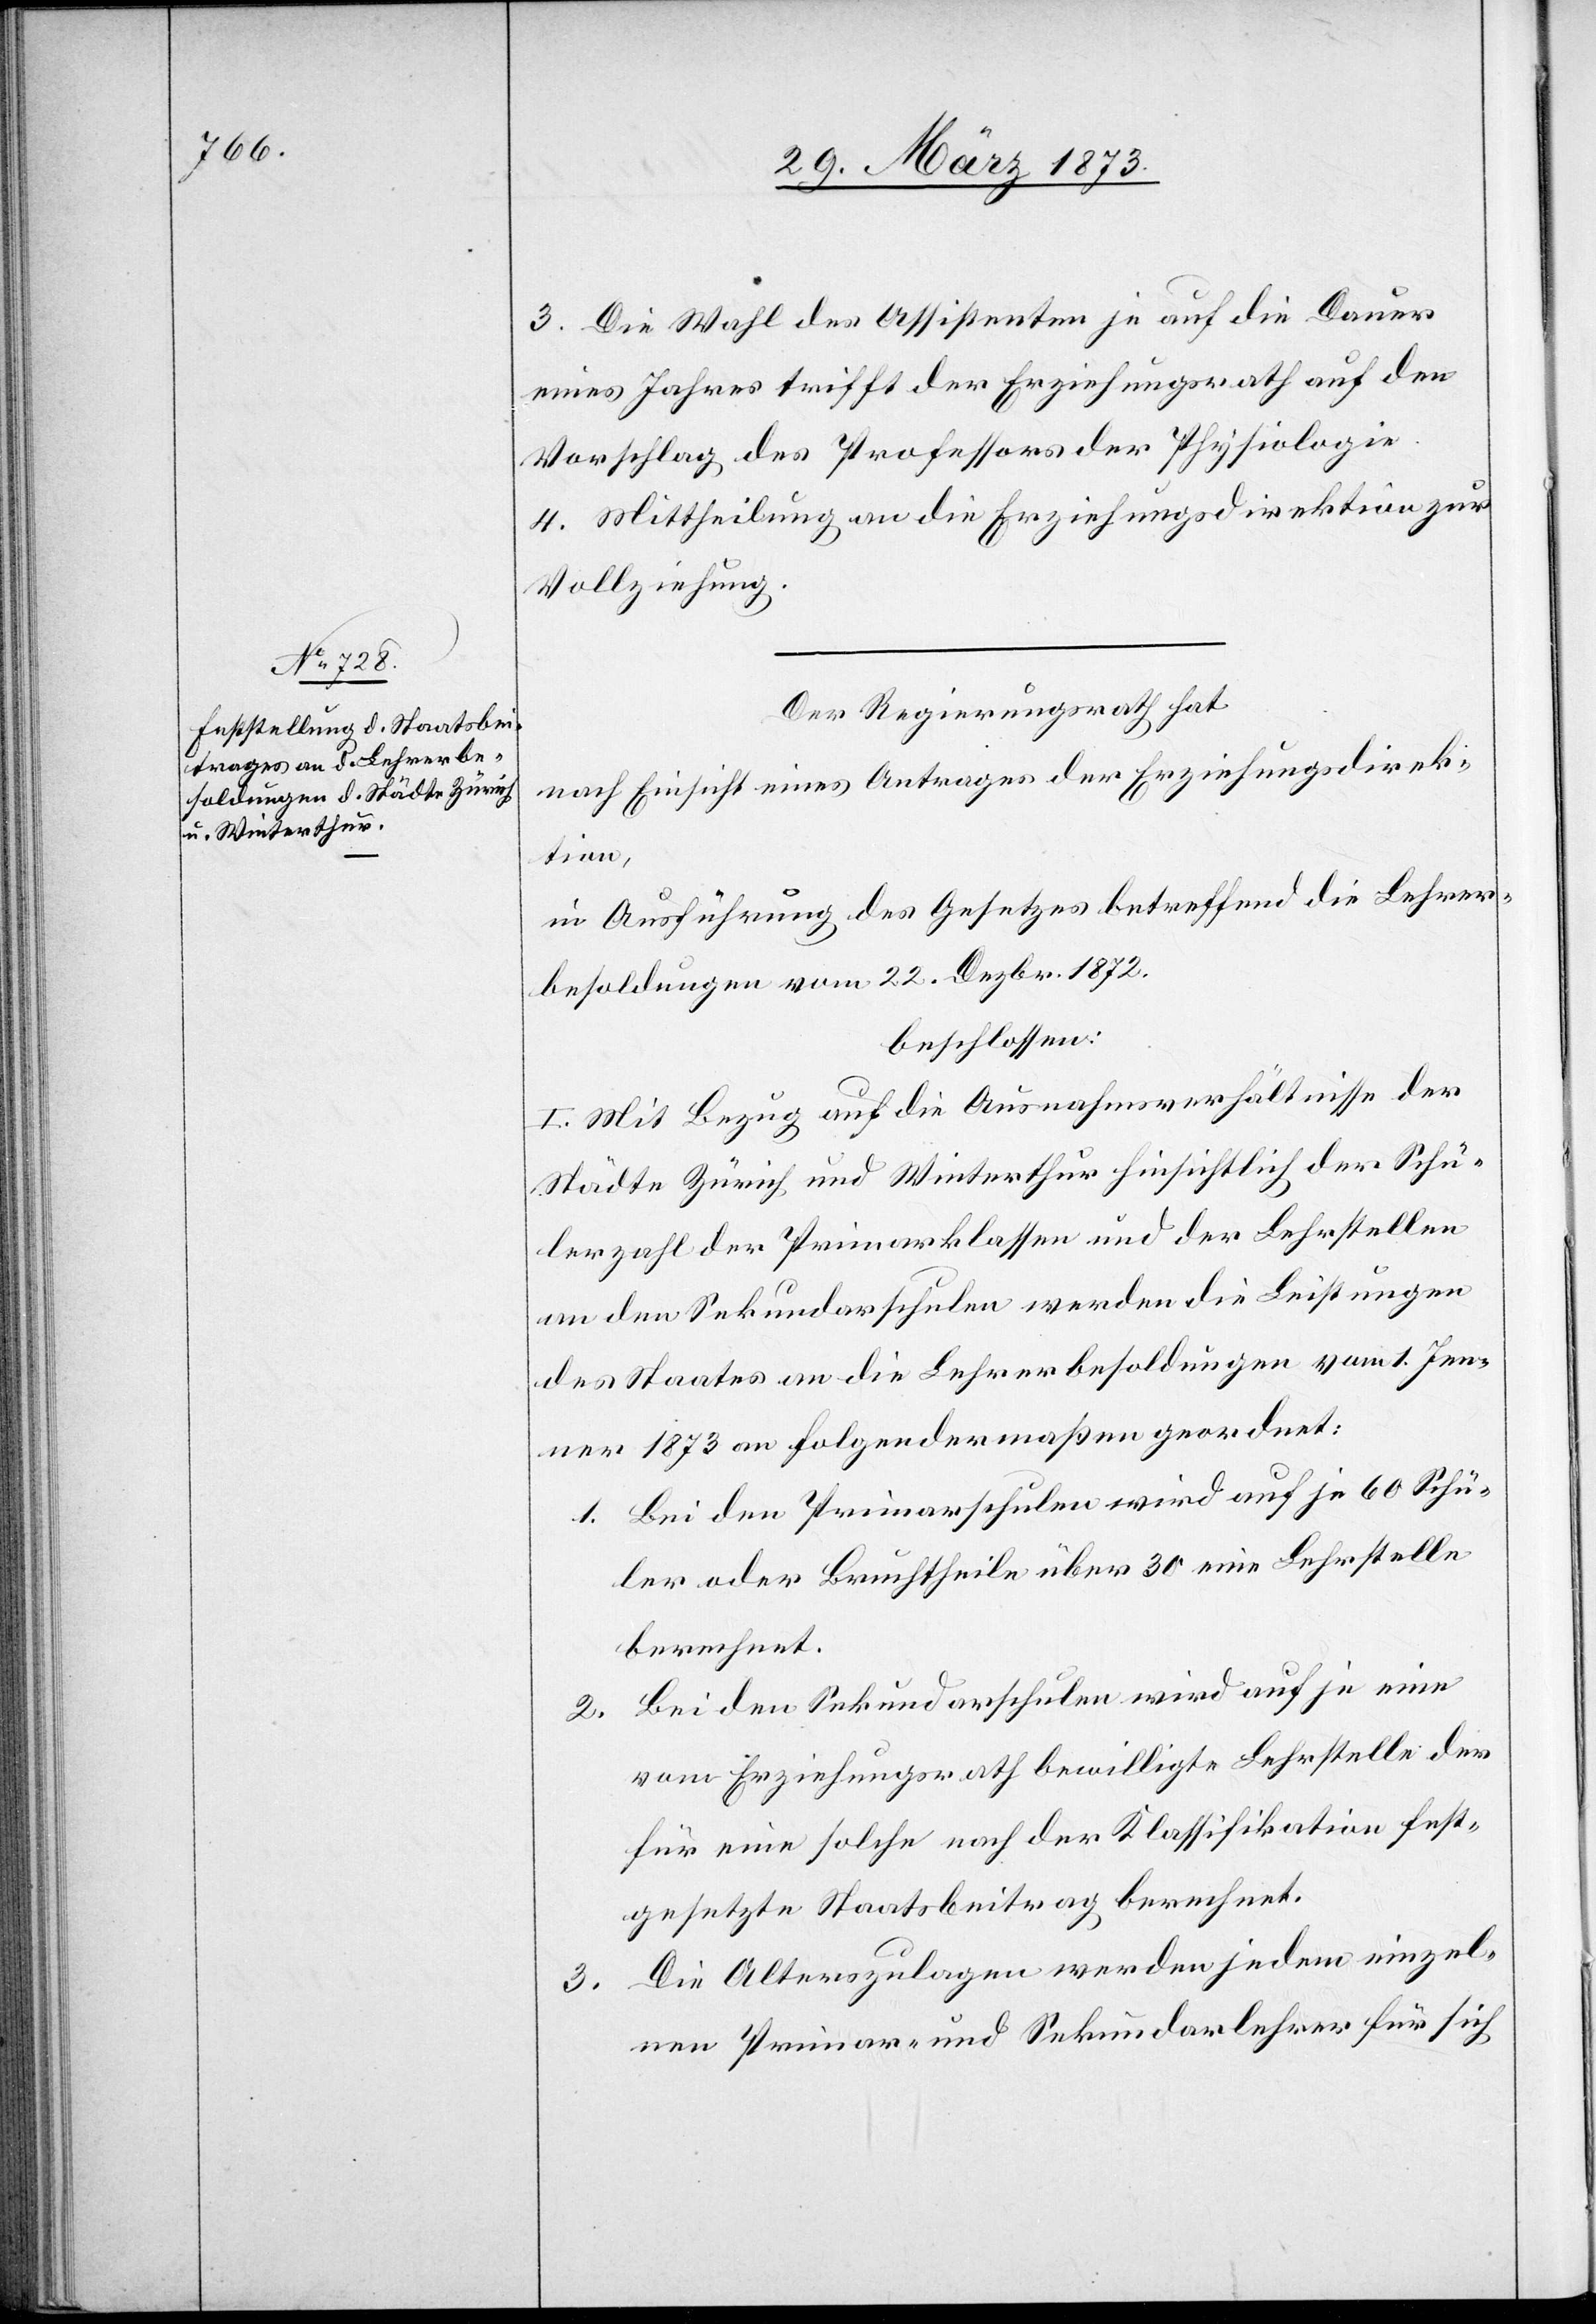
3. Die Wahl des Assistenten je auf die Dauer
eines Jahres trifft der Erziehungsrath auf den
Vorschlag des Professors der Physiologie.
4. Mittheilung an die Erziehungsdirektion zur
Vollziehung.
Der Regierungsrath hat
nach Einsicht eines Antrages der Erziehungsdirek¬
tion,
in Ausführung des Gesetzes betreffend die Lehrer¬
besoldungen vom 22. Dezbr. 1872,
beschlossen:
I. Mit Bezug auf die Ausnahmsverhältnisse der
Städte Zürich und Winterthur hinsichtlich der Schü¬
lerzahl der Primarklassen und der Lehrstellen
an den Sekundarschulen werden die Leistungen
des Staates an die Lehrerbesoldungen vom 1. Jen¬
ner 1873 an folgendermaßen geordnet:
1. Bei den Primarschulen wird auf je 60 Schü¬
ler oder Bruchtheile über 30 eine Lehrstelle
berechnet.
2. Bei den Sekundarschulen wird auf je eine
vom Erziehungsrath bewilligte Lehrstelle der
für eine solche nach der Klassifikation fest¬
gesetzte Staatsbeitrag berechnet.
3. Die Alterszulagen werden jedem einzel¬
nen Primar- und Sekundarlehrer für sich